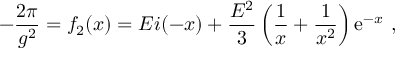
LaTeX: - { \frac { 2 \pi } { g ^ { 2 } } } = f _ { 2 } ( x ) = E i ( - x ) + { \frac { { \cal E } ^ { 2 } } { 3 } } \left( { \frac { 1 } { x } } + { \frac { 1 } { x ^ { 2 } } } \right) { \mathrm e } ^ { - x } \ ,